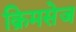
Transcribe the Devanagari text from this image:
क्रिमसेज